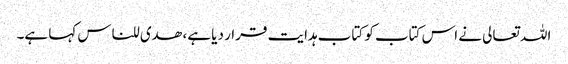
اللہ تعالی نے اس کتاب کو کتاب ہدایت قرار دیا ہے، ھدی للناس کہا ہے۔